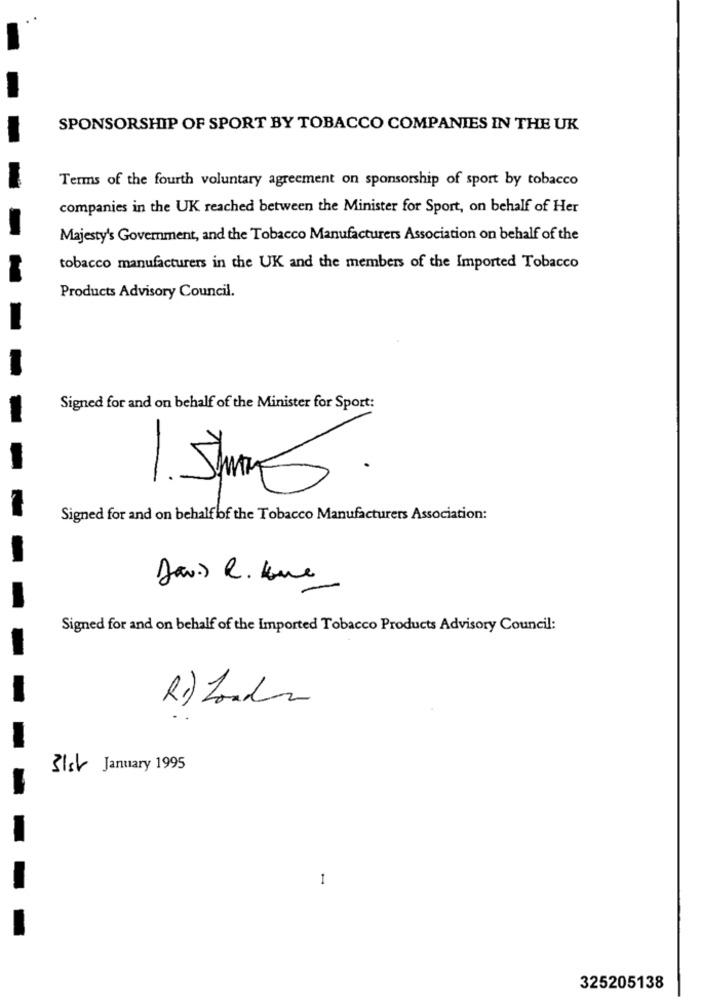
SPONSORSHIP OF SPORT BY TOBACCO COMPANIES IN THE UK
Terms of the fourth voluntary agreement on sponsorship of sport by tobacco
companies in the UK reached between the Minister for Sport, on behalf of Her
Majesty's Government, and the Tobacco Manufacturers Association on behalf of the
tobacco manufacturers in the UK and the members of the Imported Tobacco
Products Advisory Council.
Signed for and on behalf of the Minister for Sport:
1. Ju S.
Signed for and on behalf of the Tobacco Manufacturers Association:
Davis R. Lue
Signed for and on behalf of the Imported Tobacco Products Advisory Council:
R1) London
31st January 1995
1
325205138